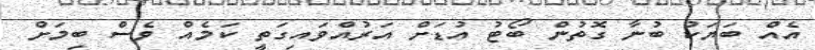
އެއް ބަޔަކު ބުނާ ގޮތުން ބޯޓު އުޑަށް އަރުއްވައިގަތީ ކަމެއް ވެސް ބިމަށް